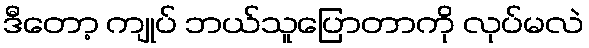
ဒီတော့ ကျုပ် ဘယ်သူပြောတာကို လုပ်မလဲ